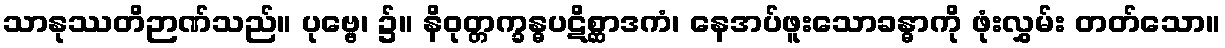
သာနုဿတိဉာဏ်သည်။ ပုဗ္ဗေ၊ ၌။ နိဝုတ္တက္ခန္ဓပဋိစ္ဆာဒကံ၊ နေအပ်ဖူးသောခန္ဓာကို ဖုံးလွှမ်း တတ်သော။